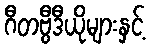
ဂီတဗွီဒီယိုများနှင့်